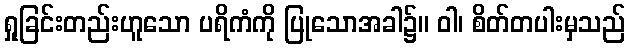
ရှုခြင်းတည်းဟူသော ပရိကံကို ပြုသောအခါ၌။ ဝါ၊ စိတ်တပါးမှသည်